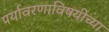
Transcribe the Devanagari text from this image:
पर्यावरणाविषयीच्या